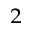
^ { 2 }